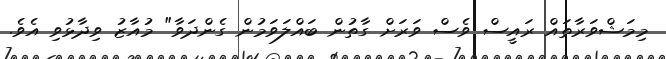
މިމަޝްވަރާތައް ރައީސް ވެސް ވަރަށް ގާތުން ބައްލަވަމުން ގެންދަވާ" މުއާޒު ވިދާޅުވި އެވެ.